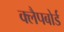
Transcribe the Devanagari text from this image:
क्लैपबोर्ड